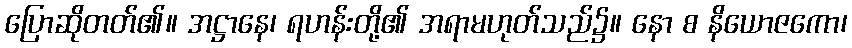
ပြောဆိုတတ်၏။ အဋ္ဌာနေ၊ ရဟန်းတို့၏ အရာမဟုတ်သည်၌။ နော စ နိယောဇကော၊